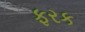
ફરક